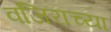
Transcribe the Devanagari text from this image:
वजिराच्या